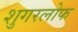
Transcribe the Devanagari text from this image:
शुगरलोफ